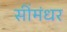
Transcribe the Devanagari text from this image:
सींमंधर